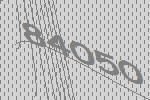
84050